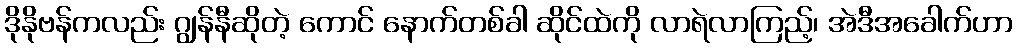
ဒိုနိုဗန်ကလည်း ဂျွန်နီဆိုတဲ့ ကောင် နောက်တစ်ခါ ဆိုင်ထဲကို လာရဲလာကြည့်၊ အဲဒီအခေါက်ဟာ